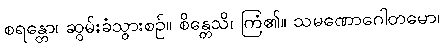
စရန္တော၊ ဆွမ်းခံသွားစဉ်။ စိန္တေသိ၊ ကြံ၏။ သမဏောဂေါတမော၊